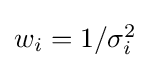
{\textstyle w_{i}=1/{\sigma _{i}^{2}}}